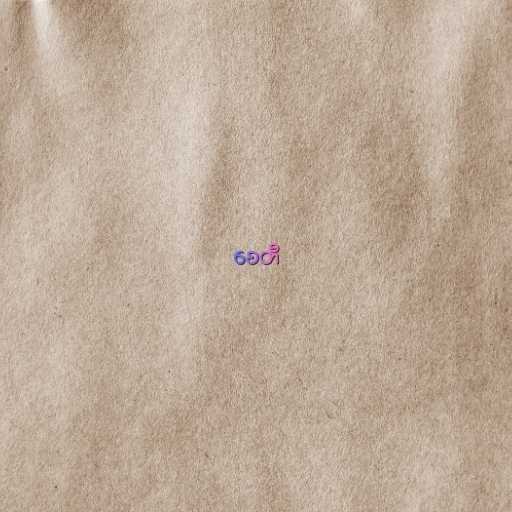
စေတီ